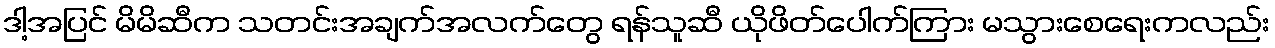
ဒါ့အပြင် မိမိဆီက သတင်းအချက်အလက်တွေ ရန်သူဆီ ယိုဖိတ်ပေါက်ကြား မသွားစေရေးကလည်း